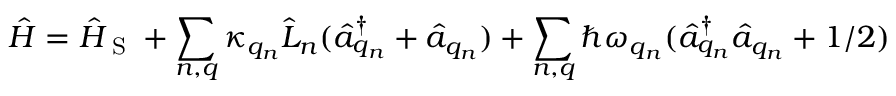
\hat { H } = \hat { H } _ { \textrm { S } } + \sum _ { n , q } \kappa _ { q _ { n } } \hat { L } _ { n } ( \hat { a } _ { q _ { n } } ^ { \dagger } + \hat { a } _ { q _ { n } } ) + \sum _ { n , q } \hslash \omega _ { q _ { n } } ( \hat { a } _ { q _ { n } } ^ { \dagger } \hat { a } _ { q _ { n } } + 1 / 2 )